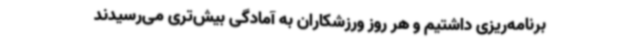
برنامه‌ریزی داشتیم و هر روز ورزشکاران به آمادگی بیش‌تری می‌رسیدند